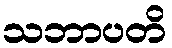
သဘာပတိ